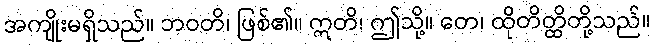
အကျိုးမရှိသည်။ ဘဝတိ၊ ဖြစ်၏။ ဣတိ၊ ဤသို့။ တေ၊ ထိုတိတ္ထိတို့သည်။